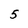
Character: 5